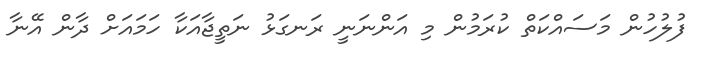
ފުލުހުން މަސައްކަތް ކުރަމުން މި އަންނަނީ ރަނގަޅު ނަތީޖާއަކާ ހަމައަށް ދާން އޭނާ